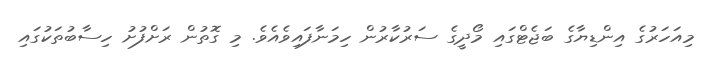
މިއަހަރުގެ އިންޑިޔާގެ ބަޖެޓްގައި މޯދީގެ ސަރުކާރުން ހިމަނާފައިވެއެވެ. މި ގޮތުން ރަށްފުށު ހިސާބުތަކުގައި